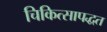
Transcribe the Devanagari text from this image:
चिकित्सापद्धत